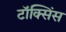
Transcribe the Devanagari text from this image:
टॉक्सिंस